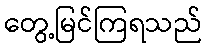
တွေ့မြင်ကြရသည်